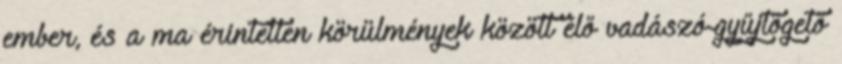
ember, és a ma érintetlen körülmények között élő vadászó-gyűjtögető